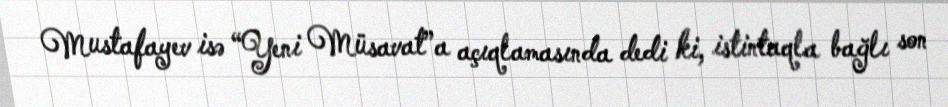
Mustafayev isə “Yeni Müsavat”a açıqlamasında dedi ki, istintaqla bağlı son